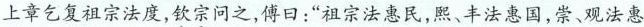
上章乞复祖宗法度，钦宗问之，傅口：”祖宗法惠民，熙、丰法惠国，崇、观法惠